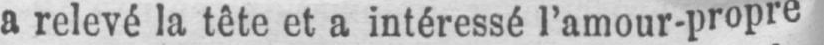
a relevé la tête et a intéressé l’amour-propre